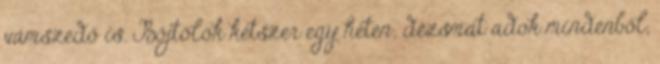
vámszedő is. Bőjtölök kétszer egy héten; dézsmát adok mindenből,